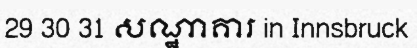
29 30 31 សណ្ឋាគារ in Innsbruck